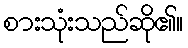
စားသုံးသည်ဆို၏။